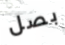
بصل